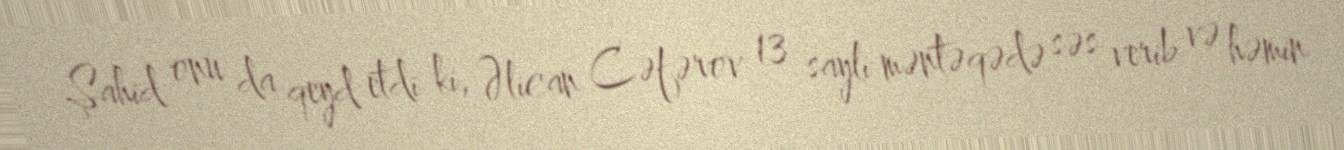
Şahid onu da qeyd etdi ki, Əlican Cəfərov 13 saylı məntəqədə səs verib və həmin